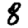
Digit: 8